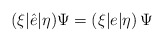
\begin{align*}(\xi|\hat{e}|\eta) \Psi = (\xi|e|\eta)\,\Psi \end{align*}